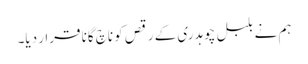
ہم نے بلبل چوہدری کے رقص کو ناچ گانا قرار دیا۔